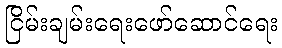
ငြိမ်းချမ်းရေးဖော်ဆောင်ရေး